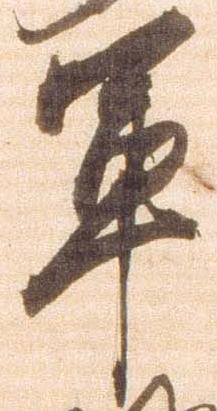
軍